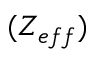
( Z _ { e f f } )